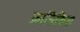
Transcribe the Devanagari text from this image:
क्रानिकिल